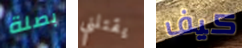
بصلة يقتلني كيف